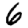
Digit: 6